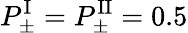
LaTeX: P_{\pm}^{\mathrm{I}}=P_{\pm}^{\mathrm{II}}=0.5